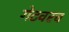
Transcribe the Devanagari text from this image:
गेटवरच